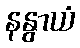
နနွာယံ